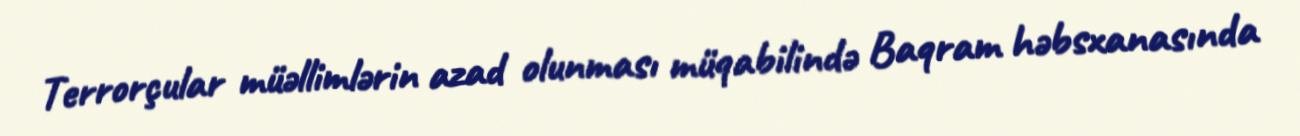
Terrorçular müəllimlərin azad olunması müqabilində Baqram həbsxanasında